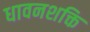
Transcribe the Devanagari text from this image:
धावनशक्ति